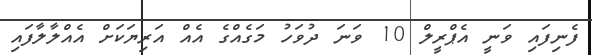
ފެނިފައި ވަނީ އެޕްރީލް 10 ވަނަ ދުވަހު މަގެއްގެ އެއް އަރިޔަކަށް އެއްލާލާފައި